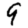
Digit: 9